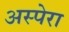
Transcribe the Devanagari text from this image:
अस्पेरा